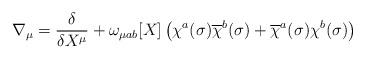
LaTeX: \begin{align*}\nabla _{\mu }=\frac{\delta }{\delta X^{\mu }}+\omega _{\mu ab}[X]\left(\chi ^{a}(\sigma )\overline{\chi }^{b}(\sigma )+\overline{\chi }^{a}(\sigma)\chi ^{b}(\sigma )\right) \end{align*}